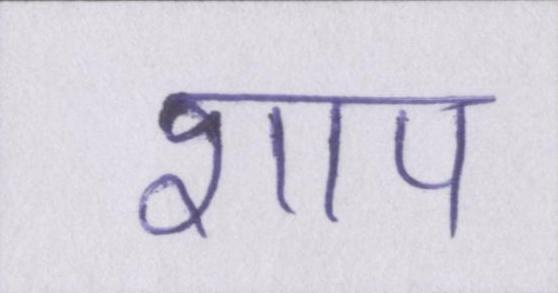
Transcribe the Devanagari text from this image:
शाप